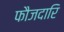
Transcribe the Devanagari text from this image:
फौजदारि